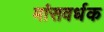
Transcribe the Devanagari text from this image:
मांसवर्धक